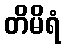
တိမိရံ